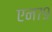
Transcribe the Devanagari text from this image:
एन७९